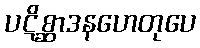
ပဋိစ္ဆာဒနဟေတုပေ